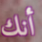
أنك